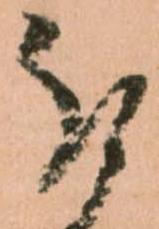
被